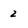
Character: 2